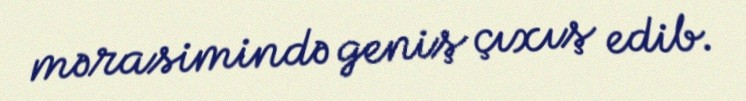
mərasimində geniş çıxış edib.